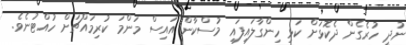
ނުދީ ހުރެގެން ދެކޮޅަށް ކަޅި ހިންގާލައިފައި މުސްކާން އައިސް މަންމަ ކުރިމައްޗަށް ހުއްޓުނެވެ.